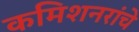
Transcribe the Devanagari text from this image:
कमिशनरांचे